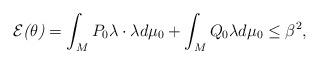
LaTeX: \begin{align*}\mathcal{E}\emph{(}\theta \emph{)}=\displaystyle\int_{M}P_{0}\lambda \cdot\lambda d\mu _{0}+\displaystyle\int_{M}Q_{0}\lambda d\mu _{0}\leq \beta ^{2},\end{align*}